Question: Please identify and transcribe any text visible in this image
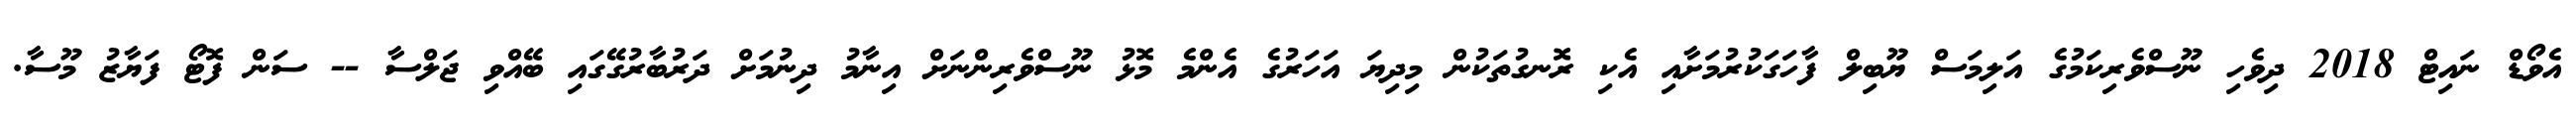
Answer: އެވޯޑް ނައިޓް 2018 ދިވެހި ނޫސްވެރިކަމުގެ އަލިމަސް ޔޫބިލް ފާހަގަކުރުމަށާއި އެކި ރޮނގުތަކުން މިދިޔަ އަހަރުގެ އެންމެ މޮޅު ނޫސްވެރިންނަށް އިނާމު ދިނުމަށް ދަރުބާރުގޭގައި ބޭއްވި ޖަލްސާ -- ސަން ފޮޓޯ ފަޔާޒު މޫސާ.